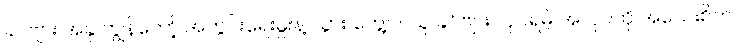
ခင်ဗျား အခု ကျွန်တော့် အတွင်းရေးမှူးနဲ့ သွား တွေ့ပါ၊ သူ ခင်ဗျား လုပ်ရမဲ့ အလုပ်ကို အသေးစိတ်